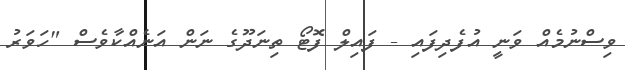
ވިސްނުމެއް ވަނީ އުފެދިފައި - ފައިލް ފޮޓޯ ތިނަދޫގެ ނަން އަނެއްކާވެސް "ހަވަރު